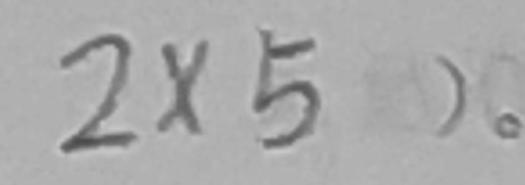
2 \times 5 > o